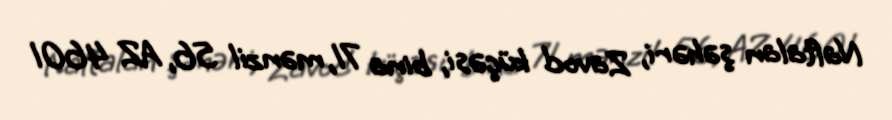
Naftalan şəhəri, Zavod küçəsi, bina 71, mənzil 56, AZ 4601